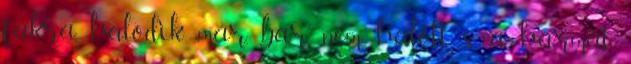
fákra, halódik már, bár nem halott. s a harmat